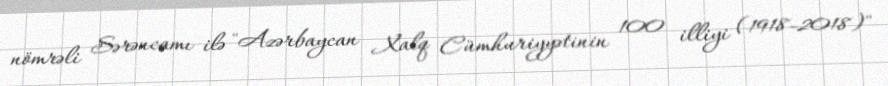
nömrəli Sərəncamı ilə "Azərbaycan Xalq Cümhuriyyətinin 100 illiyi (1918-2018)"